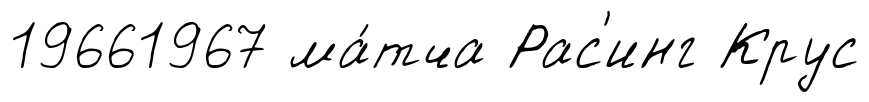
19661967 ма́тча Рас'инг Крус